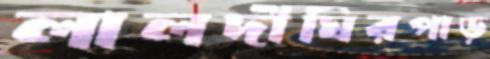
লালদীঘিরপাড়